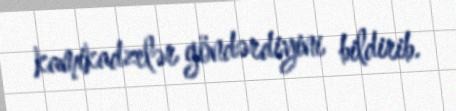
kamikadzelər göndərdiyini bildirib.